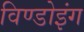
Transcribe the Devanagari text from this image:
विण्डोइंग